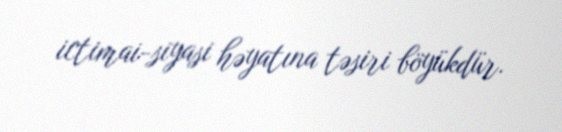
ictimai-siyasi həyatına təsiri böyükdür.